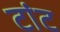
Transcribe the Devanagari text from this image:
टांट